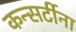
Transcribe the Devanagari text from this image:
कन्सर्टीना